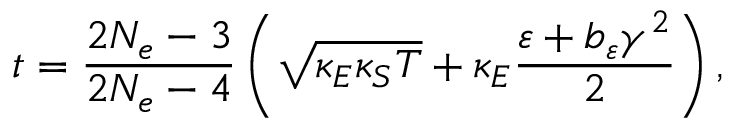
t = \frac { 2 N _ { e } - 3 } { 2 N _ { e } - 4 } \left( \sqrt { \kappa _ { E } \kappa _ { S } T } + \kappa _ { E } \frac { \varepsilon + b _ { \varepsilon } \gamma ^ { 2 } } { 2 } \right) ,